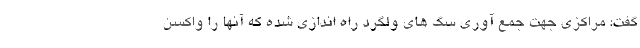
گفت: مراکزی جهت جمع آوری سگ های ولگرد راه اندازی شده که آنها را واکسن